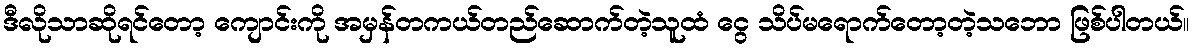
ဒီလိုသာဆိုရင်တော့ ကျောင်းကို အမှန်တကယ်တည်ဆောက်တဲ့သူထံ ငွေ သိပ်မရောက်တော့တဲ့သဘော ဖြစ်ပါတယ်။